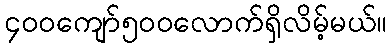
၄၀၀ကျော်၅၀၀လောက်ရှိလိမ့်မယ်။